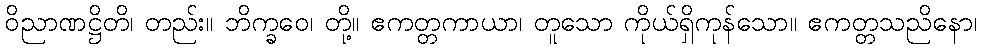
ဝိညာဏဋ္ဌိတိ၊ တည်း။ ဘိက္ခဝေ၊ တို့။ ဧကတ္တကာယာ၊ တူသော ကိုယ်ရှိကုန်သော။ ဧကတ္တသညိနော၊